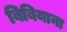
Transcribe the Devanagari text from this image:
बिबियाना